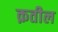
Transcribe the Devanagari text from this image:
क़तील